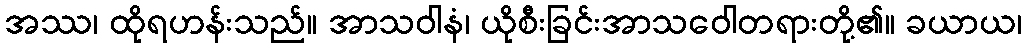
အဿ၊ ထိုရဟန်းသည်။ အာသဝါနံ၊ ယိုစီးခြင်းအာသဝေါတရားတို့၏။ ခယာယ၊